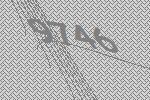
9746